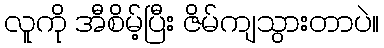
လူကို အီစိမ့်ပြီး ဇိမ်ကျသွားတာပဲ။